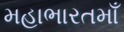
મહાભારતમાઁ